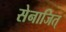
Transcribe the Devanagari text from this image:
सेनाजित्